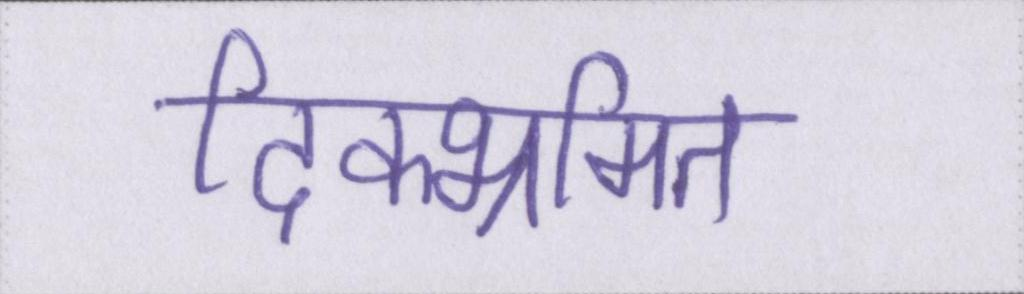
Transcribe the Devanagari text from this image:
दिक्भ्रमित